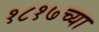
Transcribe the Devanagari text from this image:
१८१७च्या